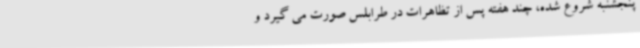
پنجشنبه شروع شده، چند هفته پس از تظاهرات در طرابلس صورت می گیرد و